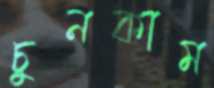
চুনকাম